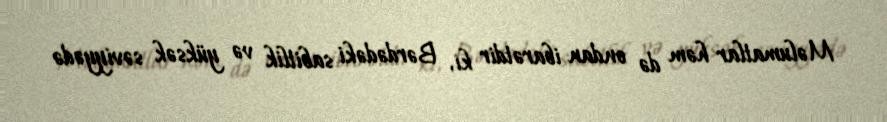
Məlumatlar həm də ondan ibarətdir ki, Bərdədəki sabitlik və yüksək səviyyədə